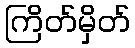
ကြိတ်မှိတ်